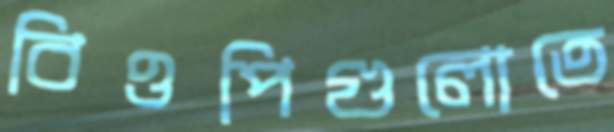
বিওপিগুলোতে